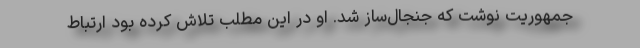
جمهوریت نوشت که جنجال‌ساز شد. او در این مطلب تلاش کرده بود ارتباط